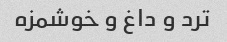
ترد و داغ و خوشمزه